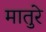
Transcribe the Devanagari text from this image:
मातुरे